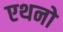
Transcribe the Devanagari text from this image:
एथनो